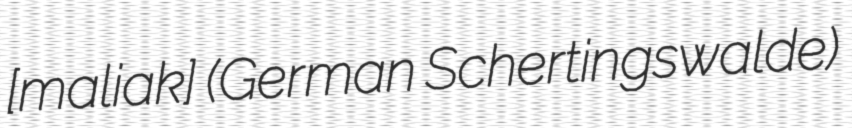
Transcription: [maˈliɲak] (German Schertingswalde)